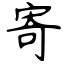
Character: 寄